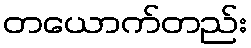
တယောက်တည်း